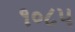
૧૦૮૫